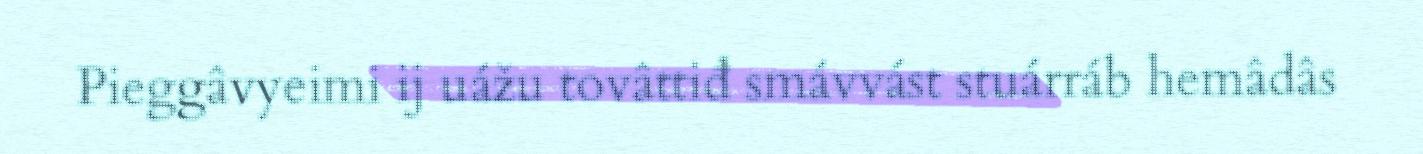
Pieggâvyeimi ij uážu tovâttiđ smávvást stuárráb hemâdâs